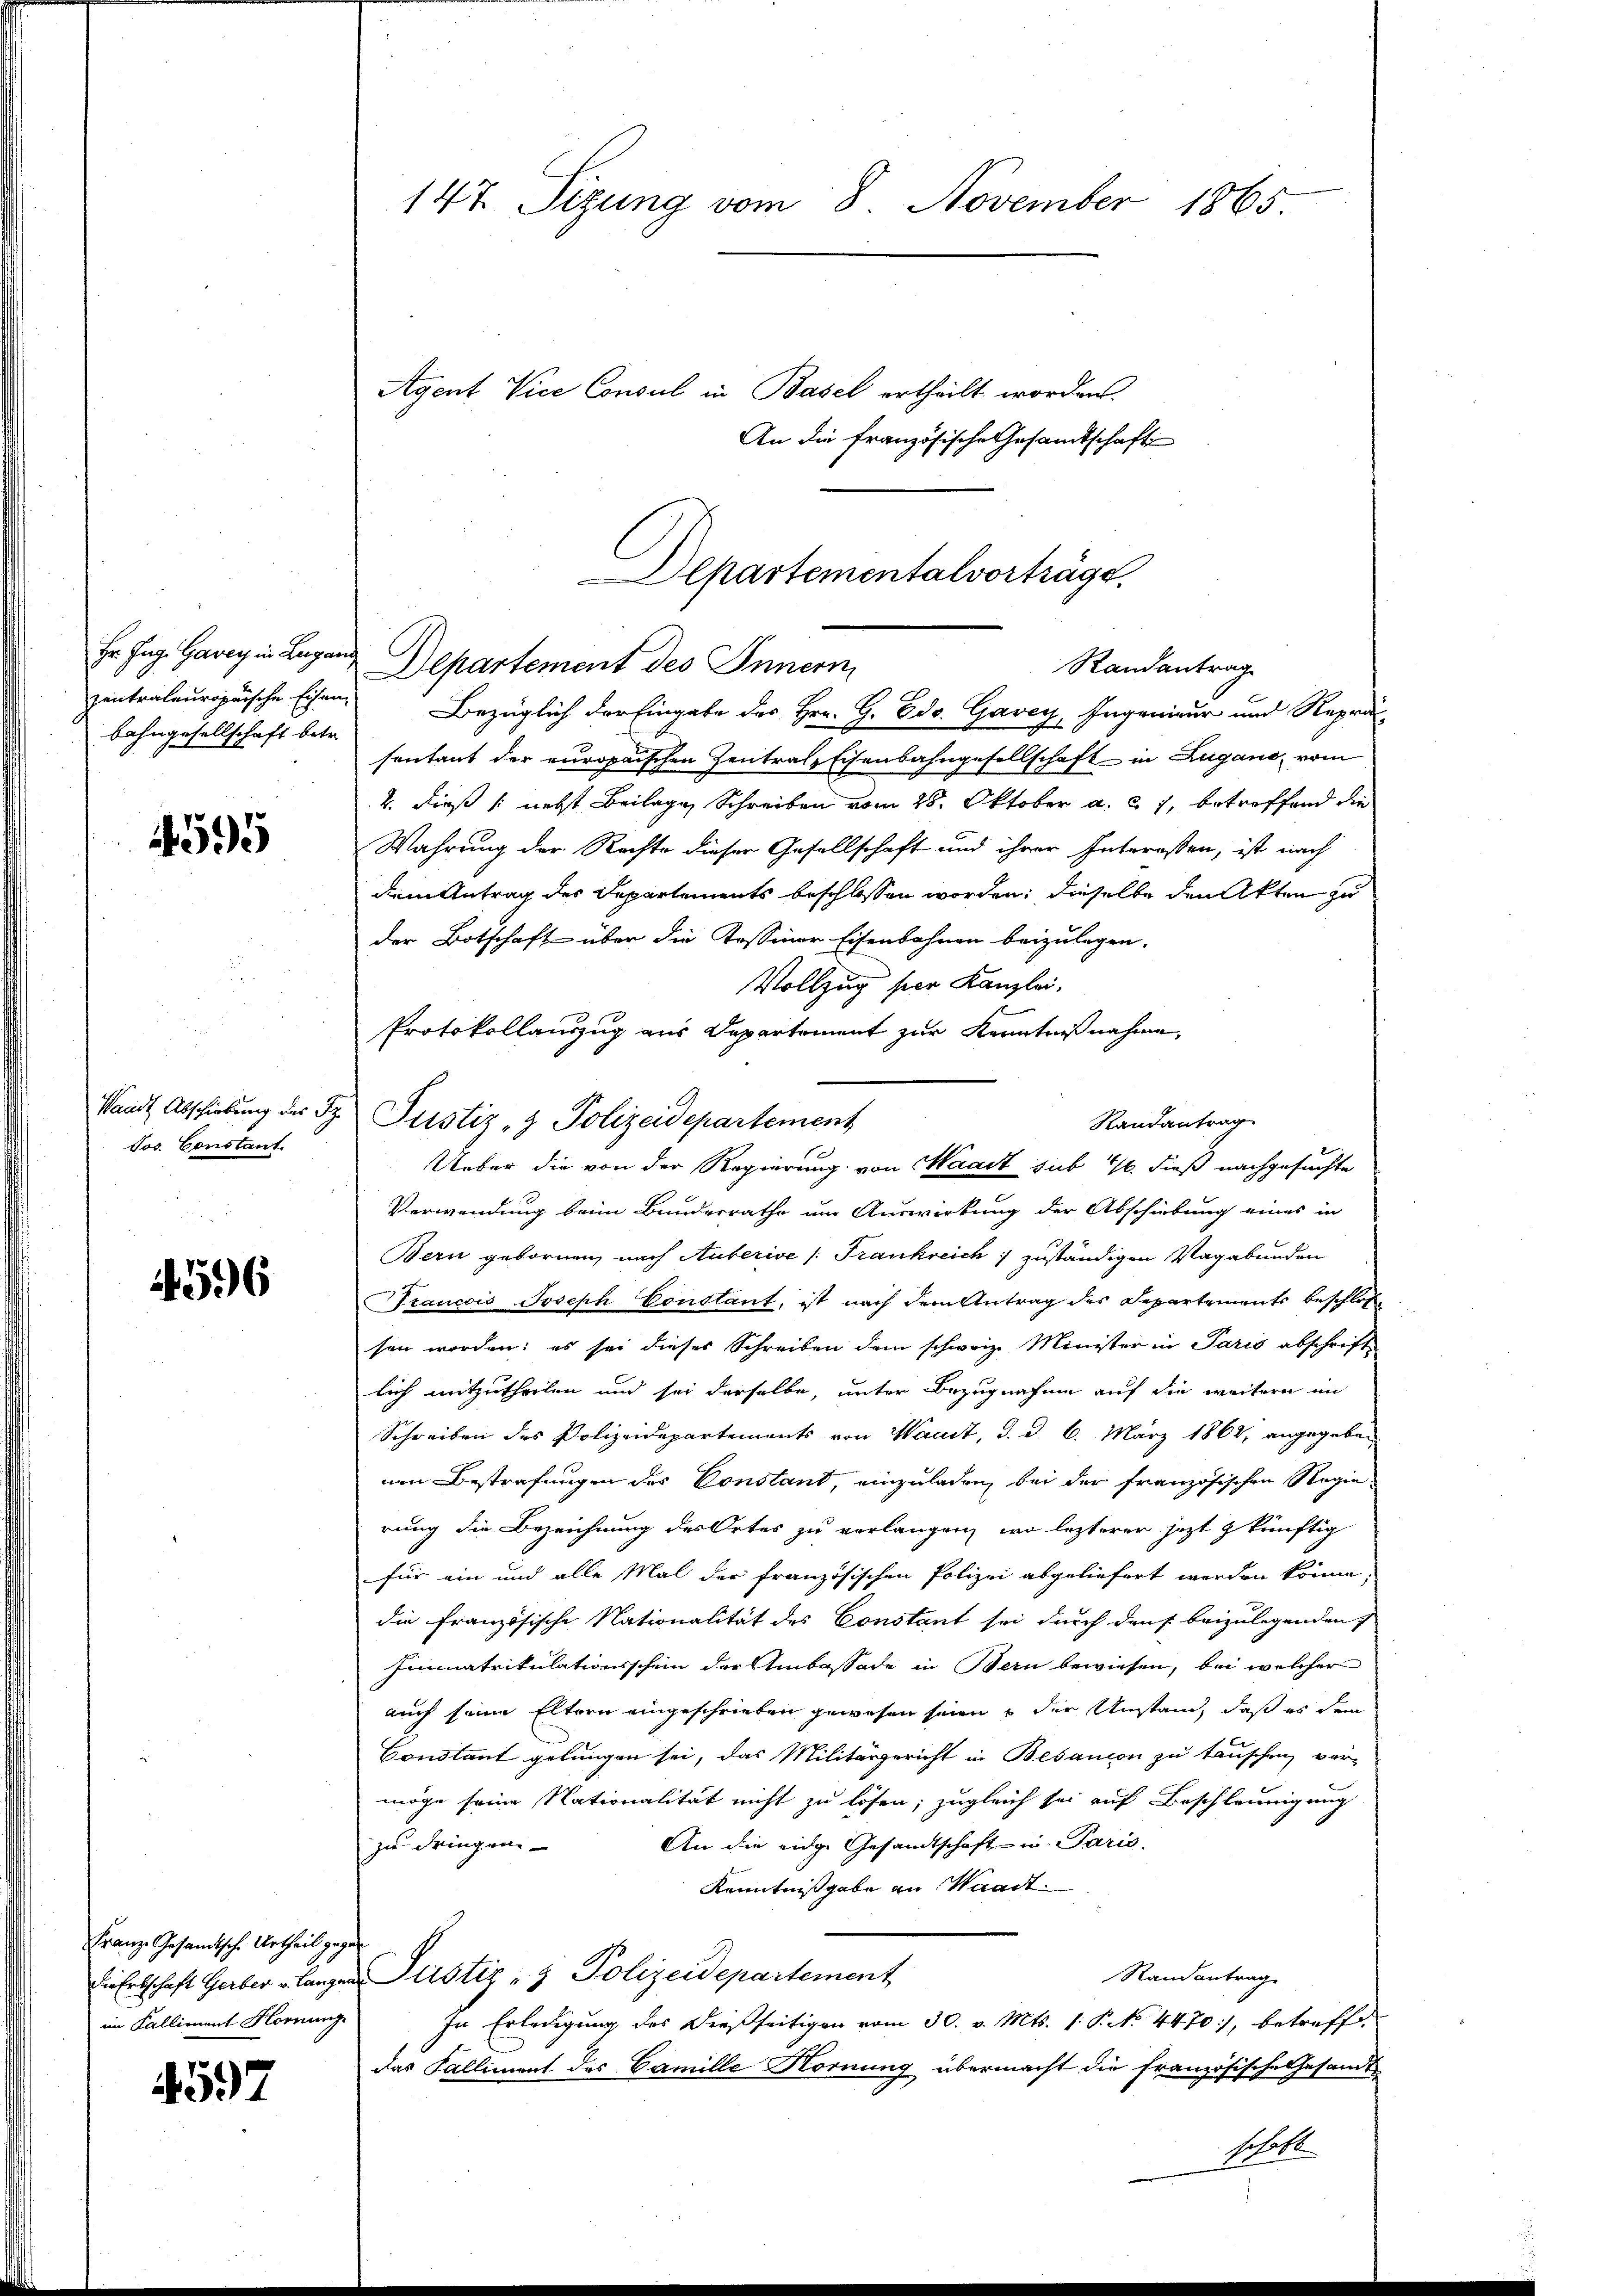
Hr. Zug. Gavey in Lugan
bahngesellschaft betr.

1595

Waadt Abschiebung des Sz.
Jos. Constant.

4596

Franze Gesandische Urtheil gegen
im Falliment Hornung

4597

147. Sizung vom 8. November 1865.

Agent Vice Consul in Basel ertheilt worden.
An die französische Gesamtschaft

Departementalvorträge.
Randantrag
Departement des Innern

zentraleuropäische Eisen, Bezüglich der Eingabe des Hrn. G. Edo. Gavey, Ingenieur und Reprä-
sentant der europaischen Zentralschenbahngesellschaft in Zugano, vom
2. dieß (nebst Beilage Schreiben vom 28. Oktober a. c. 7, betreffend die
Wahrung der Rechte dieser Gesellschaft und ihrer Interassen, ist nach
dem Antrag des Departements beschlossen worden; dieselbe den Akten zu
der Botschaft über die Tessiner Eisenbahnen beizulegen.
Vollzug per Kanzlei.
Protokollauszug aus Departement zur Kenntnißnahme
Randantrag
Ueber die von der Regierung von Waadt sub 16. dieß nachgesuchte
Verwendung beim Bunderrathe um Auswirkung der Abschiebung eines in
Bern gebornen, nach Auberive |: Frankreich zuständigen Vagabunden
Francois Joseph Constant, ist nach dem Antrag des Departements beschloße
sen worden; es sei dieses Schreiben dem schweiz. Minister in Paris abschrift
lich mitzutheilen und sei derselbe, unter Bezugnahme auf die weitern im
Schreiben des Polizeidepartements von Waadt, d. d. 6. März 1864, angegeben
nen Bestrafungen des Constant, einzuladen, bei der französischen Regierung die Bezeichnung des Ortes zu verlangen, wo lezterer jezt künftig
für ein und alle Mal der französischen Polizei abgeliefert werden könne.
die französische Nationalität des Constant sei durch dans beizulegenden §.
Iimmatrikulationsschein der Ambaßade in Bern bewiesen, bei welcher
auch seine Eltern eingeschrieben gewesen seien u der Umstand, daß es dem
Constant gelungen sei, das Militärgericht in Besanion zu tauschen, vor-
möge seine Nationalität nicht zu lösen; zugleich sei auf Beschleunigung
An die eidge Gesandtschaft in Paris.
zu dringen
Kenntnißgabe an Waadt.
Randantrag
Die Erbschaft Gerber langen Justiz- & Polizeidepartement
In Erledigung des dießseitigen vom 30. v. Mts. 1. P. No. 4470), betreffe
das Falliment des Camille Hornung übermacht die französische Gesandtschaft

Justiz- & Polizeidepartement